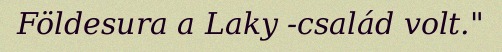
Földesura a Laky -család volt."